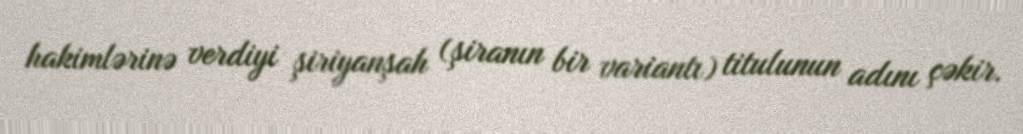
hakimlərinə verdiyi şiriyanşah (şiranın bir variantı) titulunun adını çəkir.